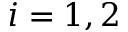
i = 1 , 2